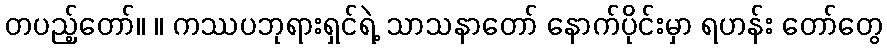
တပည့်တော်။ ။ ကဿပဘုရားရှင်ရဲ့ သာသနာတော် နောက်ပိုင်းမှာ ရဟန်း တော်တွေ